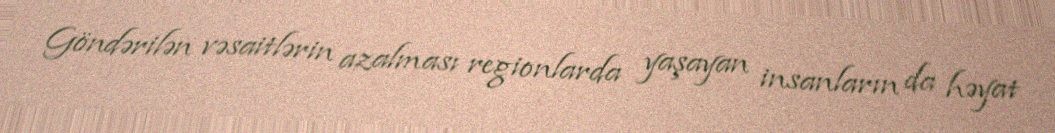
Göndərilən vəsaitlərin azalması regionlarda yaşayan insanların da həyat